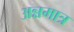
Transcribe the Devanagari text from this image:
अन्नमात्र